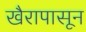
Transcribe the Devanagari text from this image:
खैरापासून